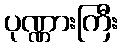
ပုဏ္ဏားကြီး